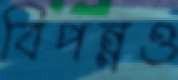
বিপন্নও